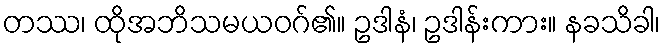
တဿ၊ ထိုအဘိသမယဝဂ်၏။ ဥဒါနံ၊ ဥဒါန်းကား။ နခသိခါ၊